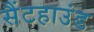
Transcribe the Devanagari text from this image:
सैंटहाउंड